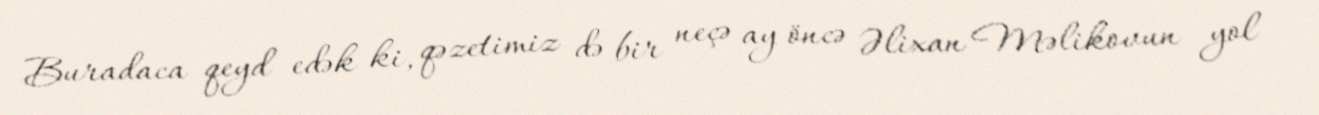
Buradaca qeyd edək ki, qəzetimiz də bir neçə ay öncə Əlixan Məlikovun yol